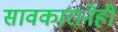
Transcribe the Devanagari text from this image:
सावकारानेही